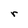
Character: r